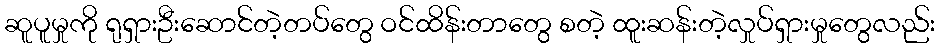
ဆူပူမှုကို ရုရှားဦးဆောင်တဲ့တပ်တွေ ဝင်ထိန်းတာတွေ စတဲ့ ထူးဆန်းတဲ့လှုပ်ရှားမှုတွေလည်း